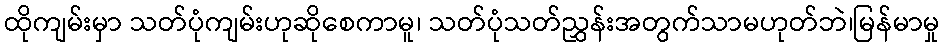
ထိုကျမ်းမှာ သတ်ပုံကျမ်းဟုဆိုစေကာမူ၊ သတ်ပုံသတ်ညွှန်းအတွက်သာမဟုတ်ဘဲ၊မြန်မာမှု